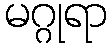
မဂ္ဂုရာ